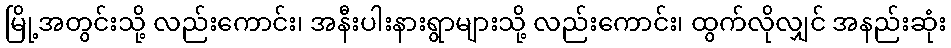
မြို့အတွင်းသို့ လည်းကောင်း၊ အနီးပါးနားရွာများသို့ လည်းကောင်း၊ ထွက်လိုလျှင် အနည်းဆုံး